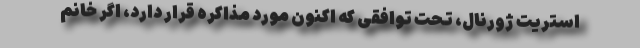
استریت ژورنال، تحت توافقی که اکنون مورد مذاکره قرار دارد، اگر خانم